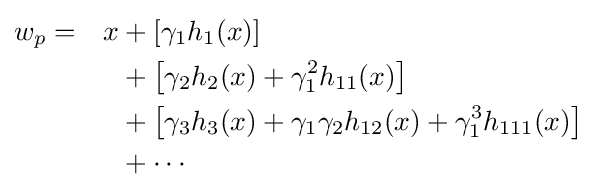
{\begin{aligned}w_{p}&=&x&+\left[\gamma _{1}h_{1}(x)\right]\\&&&+\left[\gamma _{2}h_{2}(x)+\gamma _{1}^{2}h_{11}(x)\right]\\&&&+\left[\gamma _{3}h_{3}(x)+\gamma _{1}\gamma _{2}h_{12}(x)+\gamma _{1}^{3}h_{111}(x)\right]\\&&&+\cdots \\\end{aligned}}